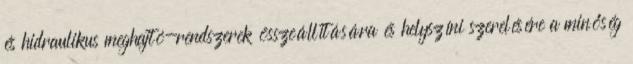
és hidraulikus meghajtó-rendszerek összeállítására és helyszíni szerelésére a minőség